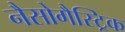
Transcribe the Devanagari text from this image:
नैसोगैस्ट्रिक